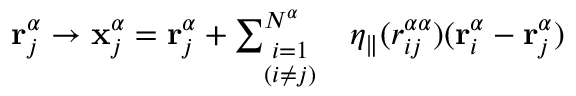
\begin{array} { r l } { \mathbf { r } _ { j } ^ { \alpha } \rightarrow \mathbf { x } _ { j } ^ { \alpha } = \mathbf { r } _ { j } ^ { \alpha } + \sum _ { \stackrel { \scriptstyle i = 1 } { \scriptstyle ( i \ne j ) } } ^ { N ^ { \alpha } } } & { { } \eta _ { \parallel } ( r _ { i j } ^ { \alpha \alpha } ) ( \mathbf { r } _ { i } ^ { \alpha } - \mathbf { r } _ { j } ^ { \alpha } ) } \end{array}